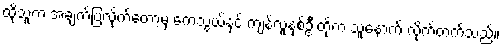
ထိုသူက အချက်ပြလိုက်တော့မှ ကေသွယ်နှင့် ကျန်လူနှစ်ဦးတို့က သူ့နောက် လိုက်တက်သည်။